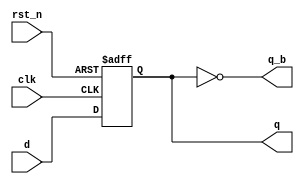

module dff_q_b(
input wire clk, rst_n, 
input wire d, 
output reg q,
output q_b 
);

always @(posedge clk or negedge rst_n) begin 
if (!rst_n) q <= 0;
else q <= d;
end
assign q_b = !q; 
endmodule 


// instance: 
// dff_q_b inst_name(.clk(),.rst_n(),.d(),.q(),.q_b());